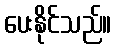
ပေးနိုင်သည်။